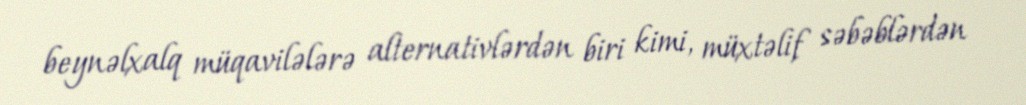
beynəlxalq müqavilələrə alternativlərdən biri kimi, müxtəlif səbəblərdən